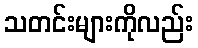
သတင်းများကိုလည်း